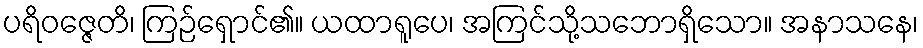
ပရိဝဇ္ဇေတိ၊ ကြဉ်ရှောင်၏။ ယထာရူပေ၊ အကြင်သို့သဘောရှိသော။ အနာသနေ၊